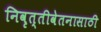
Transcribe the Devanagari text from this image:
निवृत्तीवेतनासाठी